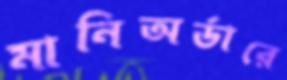
মানিঅর্ডারে